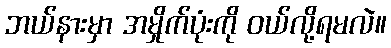
ဘယ်နားမှာ အမှိုက်ပုံးကို ဝယ်လို့ရမလဲ။